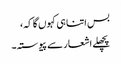
بس اتنا ہی کہوں گا کہ،
پچھلے اشعار سے پیوستہ۔